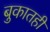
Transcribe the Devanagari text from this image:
बुकातही